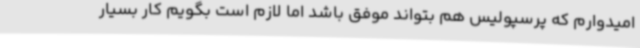
امیدوارم که پرسپولیس هم بتواند موفق باشد اما لازم است بگویم کار بسیار